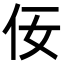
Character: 𪜨